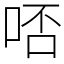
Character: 𠳝